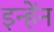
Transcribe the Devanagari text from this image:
इन्हेंन